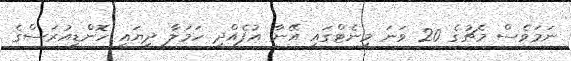
ނަމަވެސް މެޗުގެ 20 ވަނަ މިނެޓްގައި އޭނާ އުފެއްދި ހަމަލާ ދިޔައީ ހޮންޑިއުރަސްގެ